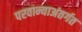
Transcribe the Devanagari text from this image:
परवान्याअंतर्गत